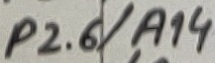
Text: P2.6/A14